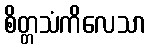
စိတ္တသံကိလေသာ